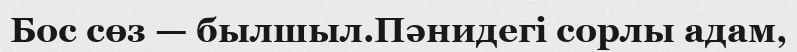
Бос сөз — былшыл.Пәнидегі сорлы адам,